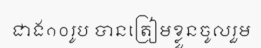
ជាង១០រូប បានត្រៀមខ្លួនចូលរួម